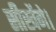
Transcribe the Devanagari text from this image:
सीखेंगे।